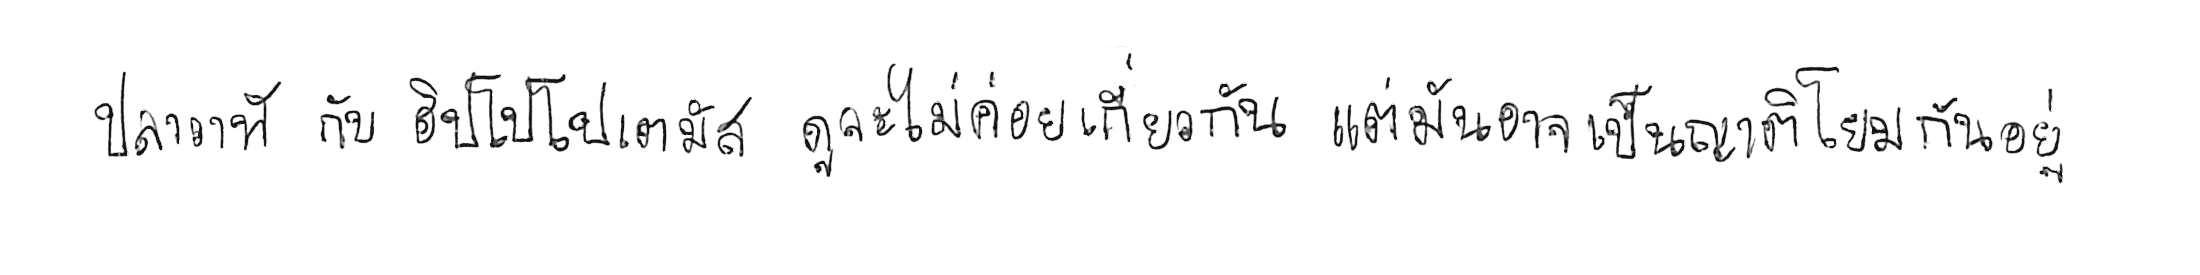
ปลาวาฬ กับ ฮิปโปโปเตมัส ดูจะไม่ค่อยเกี่ยวกัน แต่มันอาจเป็นญาติโยมกันอยู่